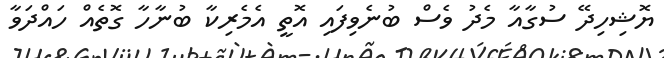
ޔޮޝިހިދޭ ސުގާއާ މެދު ވެސް ބުނެވިފައި އޮތީ އެމެރިކާ ބުނާހާ ގޮތެއް ހައްދަވާ